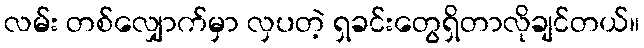
လမ်း တစ်လျှောက်မှာ လှပတဲ့ ရှခင်းတွေရှိတာလိုချင်တယ်။